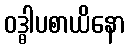
ဝဒ္ဓါပစာယိနော